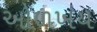
ઓળખય